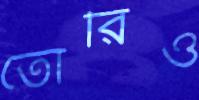
তোরিও